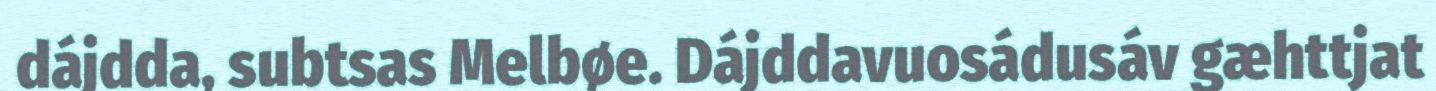
dájdda, subtsas Melbøe. Dájddavuosádusáv gæhttjat